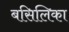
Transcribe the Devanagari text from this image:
बसिलिका